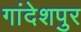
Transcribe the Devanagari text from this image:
गांदेशपुर